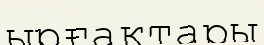
ырғақтары